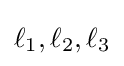
\ell _{1},\ell _{2},\ell _{3}